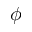
\phi